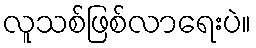
လူသစ်ဖြစ်လာရေးပဲ။